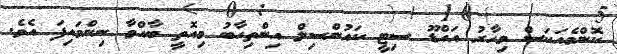
ކޮންމެއަކަސް މިހާރު އައްޑޫ ސިޓީ ކައުންސިލް އިންތިހާބު މިއޮތީ ބާއްވާ ނިންމައިފަ އެވެ.